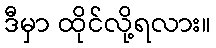
ဒီမှာ ထိုင်လို့ရလား။